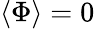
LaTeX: \langle\Phi\rangle=0